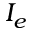
I _ { e }